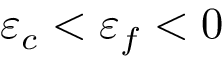
\varepsilon _ { c } < \varepsilon _ { f } < 0